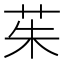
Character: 茱